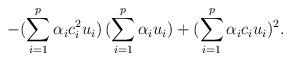
LaTeX: \begin{align*}-(\sum _{i=1}^p\alpha_i c_i^2 u_i)\,(\sum_{i=1}^p \alpha_i u_i)+(\sum_{i=1}^p \alpha_i c_i u_i)^2.\end{align*}